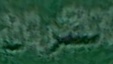
القران